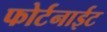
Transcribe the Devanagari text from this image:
फोर्टनाईट